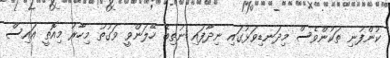
ކުންފުނި ތަކުންވެސް މިދަނޑިވަޅުގައި ނިދާފައި ނުތިބެ ހޭލަންވީ ވަގުތު މިހާރު މިއޮތީ އައިސް